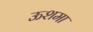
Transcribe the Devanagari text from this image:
ऊशमा